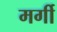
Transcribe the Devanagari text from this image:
मर्गी